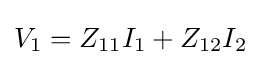
V_{1}=Z_{11}I_{1}+Z_{12}I_{2}